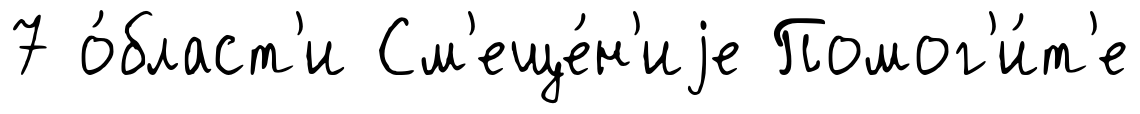
7 о́бласт'и См'еще́н'иjе Помог'и́т'е